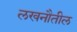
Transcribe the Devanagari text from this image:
लखनौतील